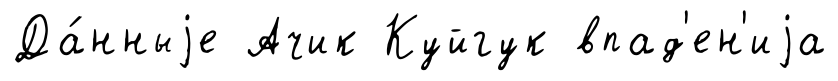
Да́нныjе Ачик Куйгук впад'ен'иjа